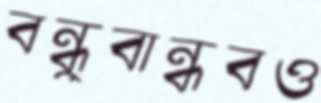
বন্ধুবান্ধবও